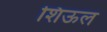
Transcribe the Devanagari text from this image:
शिऊल